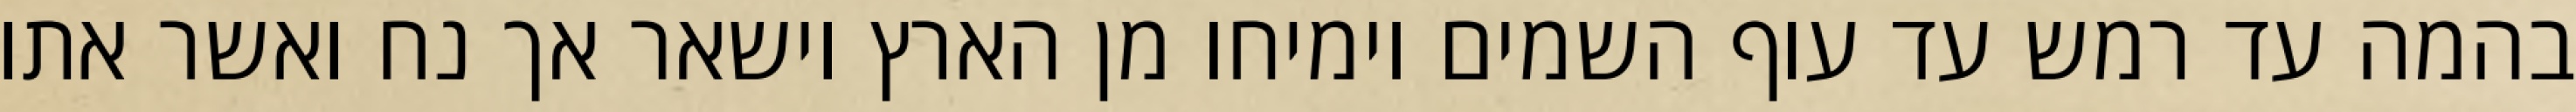
בהמה עד רמש עד עוף השמים וימיחו מן הארץ וישאר אך נח ואשר אתו